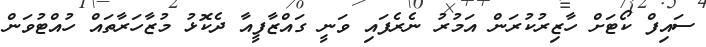
ސައިފް ކޯޓަށް ހާޒިރުކުރަން އަމުރު ނެރެފައި ވަނީ ގައްޒާފީއާ ދެކޮޅު މުޒާހަރާތައް ހުއްޓުވަން